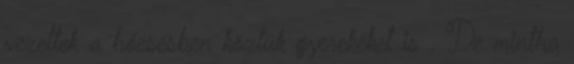
vezettek a hóesésben köztük gyerekeket is . De mintha